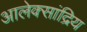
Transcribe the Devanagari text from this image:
आलेक्सांद्रिय